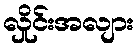
လှိုင်းအလျား